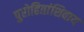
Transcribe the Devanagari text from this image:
पुरोहितांशिवाय